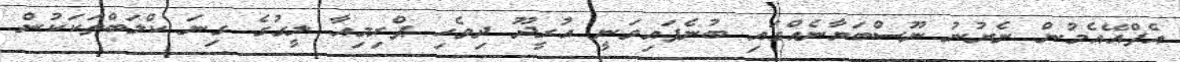
އެފްއޭއެމުން ނެރުނު ނޫސްބަޔާނެއްގައި ބުނެފައިވަނީ އުރީދޫ ދިވެހި ޕްރިމިއާ ލީގުގެ ގިނަ ކްލަބްތަކަކުން